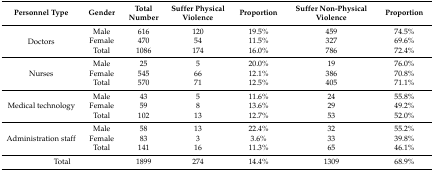
| Personnel Type | Gender | Total Number | Suffer Physical Violence | Proportion | Suffer Non-Physical Violence | Proportion |
 | --- | --- | --- | --- | --- | --- | --- |
 | <ROWSPAN=3> Doctors | Male | 616 | 120 | 19.5% | 459 | 74.5% |
 | Female | 470 | 54 | 11.5% | 327 | 69.6% |
 | Total | 1086 | 174 | 16.0% | 786 | 72.4% |
 | <ROWSPAN=3> Nurses | Male | 25 | 5 | 20.0% | 19 | 76.0% |
 | Female | 545 | 66 | 12.1% | 386 | 70.8% |
 | Total | 570 | 71 | 12.5% | 405 | 71.1% |
 | <ROWSPAN=3> Medical technology | Male | 43 | 5 | 11.6% | 24 | 55.8% |
 | Female | 59 | 8 | 13.6% | 29 | 49.2% |
 | Total | 102 | 13 | 12.7% | 53 | 52.0% |
 | <ROWSPAN=3> Administration staff | Male | 58 | 13 | 22.4% | 32 | 55.2% |
 | Female | 83 | 3 | 3.6% | 33 | 39.8% |
 | Total | 141 | 16 | 11.3% | 65 | 46.1% |
 | <COLSPAN=2> Total | 1899 | 274 | 14.4% | 1309 | 68.9% |